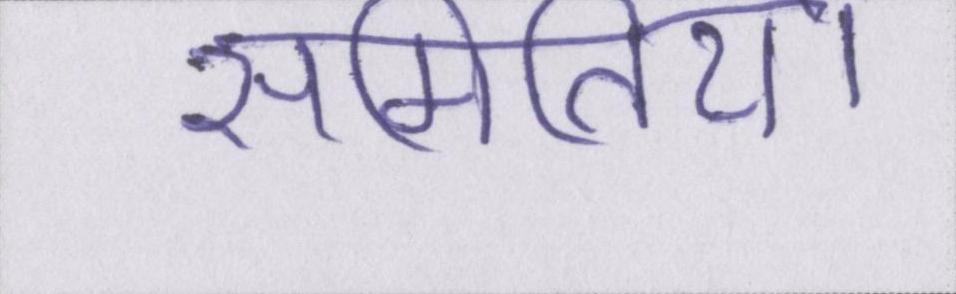
समितियों